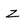
Character: Z